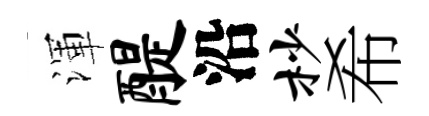
渾醍沿杪希